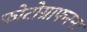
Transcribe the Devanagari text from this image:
फोटोग्राफरना